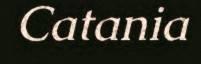
Catania